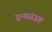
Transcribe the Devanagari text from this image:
ग्रन्थसंग्रह